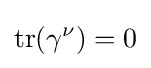
\operatorname {tr} (\gamma ^{\nu })=0